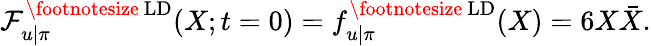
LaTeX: {\cal F}_{u|\pi}^{\mathrm{\footnotesize~LD}}(X;t=0)=f_{u|\pi}^{\mathrm{\footnotesize~LD}}(X)=6X\bar{X}.